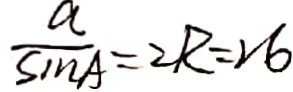
\frac { a } { \sin A } = 2 R = 2 6